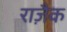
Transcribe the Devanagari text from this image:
राज़ैक